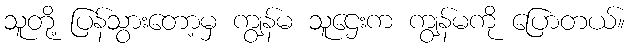
သူတို့ ပြန်သွားတော့မှ ကျွန်မ သူဌေးက ကျွန်မကို ပြောတယ်။